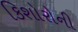
કિશોરોની